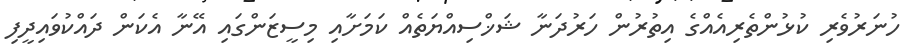
ހުނަރުވެރި ކުޅުންތެރިއެއްގެ އިތުރުން ހަރުދަނާ ޝަޚްސިއްޔަތެއް ކަމަށާއި މިސީޒަންގައި އޭނާ އެކަން ދައްކުވައިދީފި